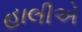
હાલીએ